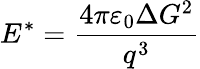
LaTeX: E^{*}=\frac{4\pi\varepsilon_{0}\Delta G^{2}}{q^{3}}